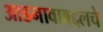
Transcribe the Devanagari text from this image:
आडनावाबद्दलचे